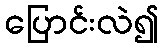
ပြောင်းလဲ၍